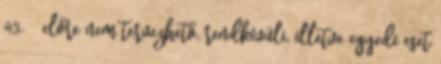
45. § előre nem tervezhető, rendkívüli, illetve egyedi eset